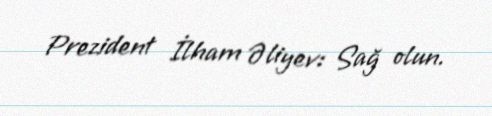
Prezident İlham Əliyev: Sağ olun.